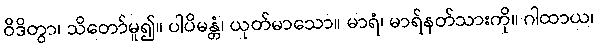
ဝိဒိတွာ၊ သိတော်မူ၍။ ပါပိမန္တံ၊ ယုတ်မာသော။ မာရံ၊ မာရ်နတ်သားကို။ ဂါထာယ၊